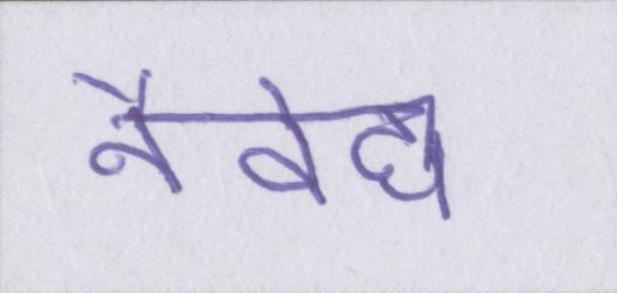
नैवेद्य